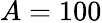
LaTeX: A=100